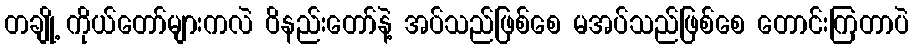
တချို့ ကိုယ်တော်များကလဲ ဝိနည်းတော်နဲ့ အပ်သည်ဖြစ်စေ မအပ်သည်ဖြစ်စေ တောင်းကြတာပဲ